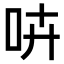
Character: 𠱥